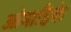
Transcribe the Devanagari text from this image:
ओमाहिके